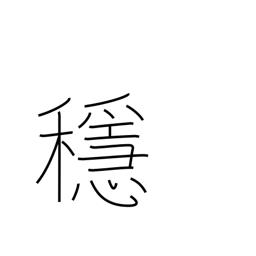
Meaning: calm